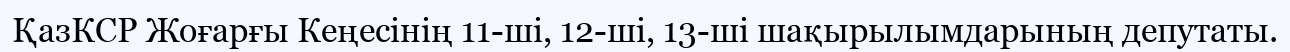
ҚазКСР Жоғарғы Кеңесінің 11-ші, 12-ші, 13-ші шақырылымдарының депутаты.